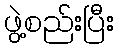
ဖွဲ့စည်းပြီး